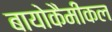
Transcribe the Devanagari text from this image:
बायोकैमीकल